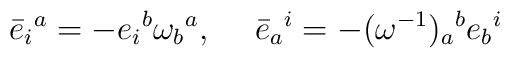
\bar{e}_i{}^a  =  -e_i{}^b \omega_b{}^a, \hskip 15pt\bar{e}_a{}^i=-(\omega^{-1})_a{}^b e_b{}^i